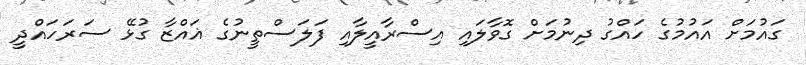
ގައުމަށް އައުމުގެ ހައްގު ދިނުމަށް ގޮވާލައި އިސްރާއީލާއި ފަލަސްތީނުގެ ޣައްޒާ ގުޅޭ ސަރަހައްދީ